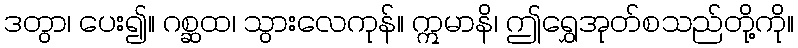
ဒတွာ၊ ပေး၍။ ဂစ္ဆထ၊ သွားလေကုန်။ ဣမာနိ၊ ဤရွှေအုတ်စသည်တို့ကို။